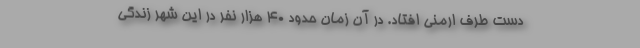
دست طرف ارمنی افتاد. در آن زمان حدود 40 هزار نفر در این شهر زندگی